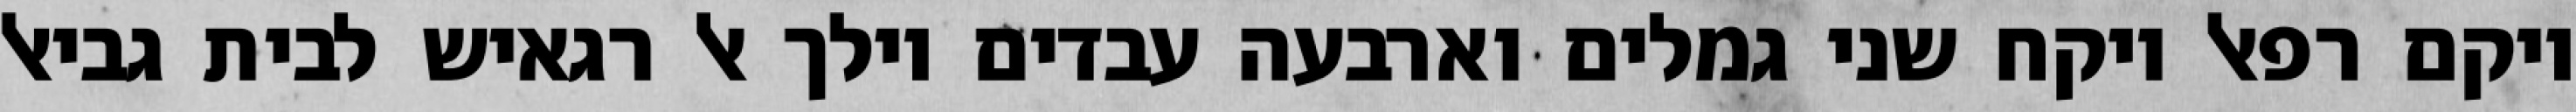
ויקם רפאל ויקח שני גמלים וארבעה עבדים וילך אל רגאיש לבית גביאל